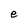
Character: e